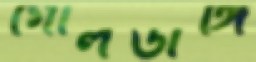
গোলডাঙ্গি